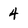
Character: 4